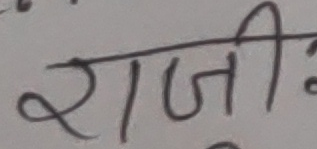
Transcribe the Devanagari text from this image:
राजी: